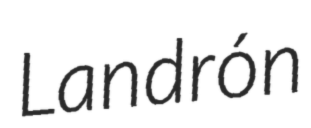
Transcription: Landrón